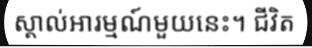
ស្គាល់អារម្មណ៍មួយនេះ។ ជីវិត